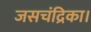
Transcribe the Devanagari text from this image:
जसचंद्रिका।